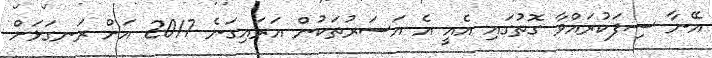
އޭނާ ސިފަކުރައްވާ ގޮތުގައި އެއީ އެ އަސަރުތަކުން އަރައިގަނެ 2017 އަށް ރަނގަޅަށް